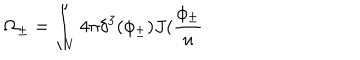
LaTeX: \Omega _ { \pm } = \int _ { V } 4 \pi \delta ^ { 3 } ( \phi _ { \pm } ) J ( \frac { \phi _ { \pm } } u